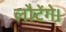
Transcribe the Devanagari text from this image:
लौटेंगे।